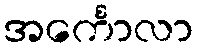
အင်္ကောလာ